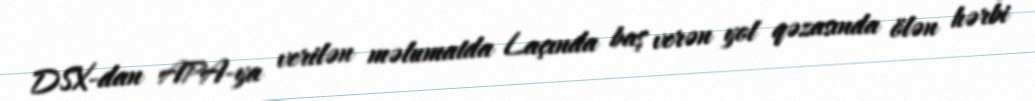
DSX-dan APA-ya verilən məlumatda Laçında baş verən yol qəzasında ölən hərbi